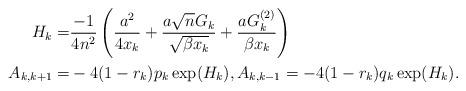
LaTeX: \begin{align*} H_k =& \frac{-1}{4n^2} \left(\frac{a^2}{4x_k}+ \frac{a\sqrt{n} G_{k}}{ \sqrt{\beta x_k} }+ \frac{ aG^{(2)}_k}{\beta x_{k}} \right)\\A_{k,k+1}=& -4 (1-r_k) p_k \exp(H_k), A_{k,k-1}= -4 (1-r_k) q_k \exp(H_k). \end{align*}